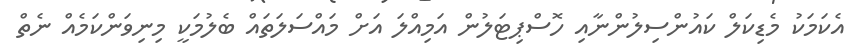
އެކަމަކު މެޑިކަލް ކައުންސިލުންނާއި ހޮސްޕިޓަލުން އަމިއްލަ އަށް މައްސަލަތައް ބެލުމަކީ މިނިވަންކަމެއް ނެތް